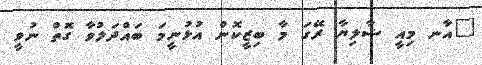
"އާނ މިއީ ޝާލިޔާ ރޭގަ މާ ބިޒީކޮން އުޅުނީމަ ބައްދަލުވާ ގޮތް ނުވީ